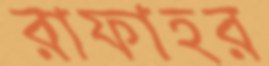
রাফাহর